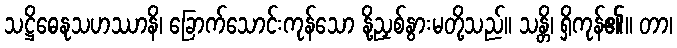
သဋ္ဌိဓေနုသဟဿာနိ၊ ခြောက်သောင်းကုန်သော နို့ညှစ်နွားမတို့သည်။ သန္တိ၊ ရှိကုန်၏။ တာ၊